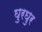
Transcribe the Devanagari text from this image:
घुरघुर